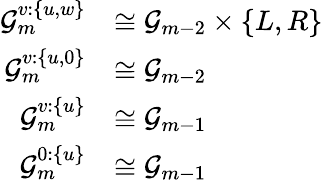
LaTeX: \begin{array}{rl}{\mathcal{G}_{m}^{v:\{ u,w\} }}&{\cong\mathcal{G}_{m-2}\times\{ L,R\} }\\ {\mathcal{G}_{m}^{v:\{ u,0\} }}&{\cong\mathcal{G}_{m-2}}\\ {\mathcal{G}_{m}^{v:\{ u\} }}&{\cong\mathcal{G}_{m-1}}\\ {\mathcal{G}_{m}^{0:\{ u\} }}&{\cong\mathcal{G}_{m-1}}\end{array}